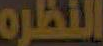
النظره